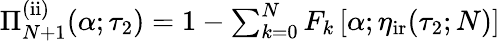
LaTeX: \begin{array}{r}{\Pi_{N+1}^{\mathrm{(ii)}}(\alpha;\tau_{2})=1-\sum_{k=0}^{N}F_{k}\left[\alpha;\eta_{\mathrm{ir}}(\tau_{2};N)\right]}\end{array}